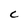
Character: C